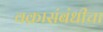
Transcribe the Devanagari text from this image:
वक्रासंबंधीचा